Report on sanitation, dispensaries, and jails in Rajputana for 1909, and on vaccination for the year 1909-1910 - 1909-1910
Year: 1909
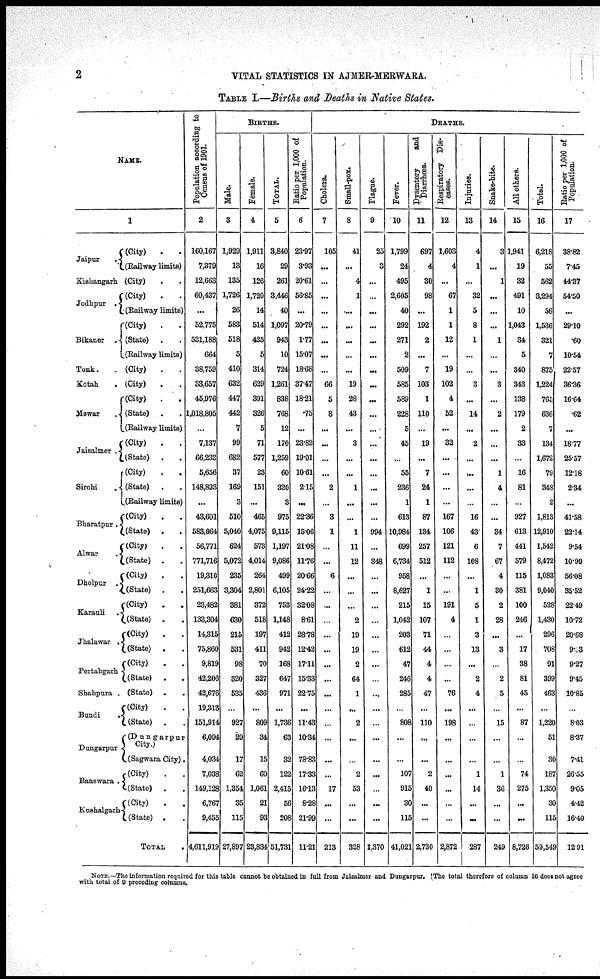
2
VITAL STATISTICS IN AJMER-MERWARA.
TABLE I.—Births and Deaths in Native States.
NAME.
1
Jaipur
.
Kishangarh
Jodhpur
.
Bikaner
.
Tonk. .
Kotah .
Mewar
.
Jaisalmer .
Sirohi .
Bharatpur .
Alwar .
Dholpur
.
Karauli .
Jhalawar .
Pertabgarh
Shahpura .
Bundi
.
Dungarpur
Banawara .
Kushalgarh
(City) . .
(Railway limits)
(City)
.
.
(City)
.
.
(Railway limits)
(City)
.
.
(State) . .
(Railway limits)
(City)
.
.
(City) . .
(City)
.
.
(State) . .
(Railway limits)
(City)
.
.
(State) . .
(City)
.
.
(State)
.
.
(Railway limits)
(City)
.
.
(State) . .
(City)
. .
(State) . .
(City)
.
.
(State) . .
(City) . .
(State) . .
(City)
. .
(State) . .
(City)
.
.
(State) . .
(State) . .
(City)
.
.
(State) . .
(Dungarpur
City.)
(Sagwara City).
(City)
. .
(State) . .
(City)
.
.
(State) . .
TOTAL .
Population according to
Census of 1901.
2
160,167
7,379
12,663
60,437
...
52,775
531,188
664
38,759
33,657
45,976
1,018,805
...
7,137
66,233
5,656
148,893
...
43,601
583,064
56,771
771,716
19,310
251,663
23,482
133,304
14,315
75,860
9,819
42,206
42,676
19,313
151,914
6,094
4,034
7,038
149,128
6,767
9,455
4,611,919
BIRTHS.
Male.
3
1,929
13
135
1,726
26
583
518
5
410
632
447
442
7
99
682
37
169
3
510
5,040
624
5,072
235
3,304
381
630
215
531
98
320
535
...
927
29
17
62
1,354
35
115
27,897
Female.
4
1,911
16
126
1,720
14
514
425
5
314
629
391
326
5
71
577
23
151
...
465
4,075
573
4,014
264
2,801
372
518
197
411
70
327
436
...
809
34
15
60
1,061
21
93
23,834
Total.
5
3,840
29
261
3,446
40
1,097
943
10
724
1,261
838
768
12
170
1,259
60
320
3
975
9,115
1,197
9,086
499
6,105
753
1,148
412
942
168
647
971
...
1,736
63
32
122
2,415
56
208
51,731
Ratio per 1,000 of
Population.
6
23.97
3.93
20.61
56.85
...
20.79
1.77
15.07
18.68
37.47
18.21
.75
...
23.82
19.01
10.61
2.15
...
22.36
15.06
21.08
11.76
20.66
24.22
32.08
8.61
28.78
12.42
17.11
15.33
22.75
...
11.43
10.34
78.83
17.33
16.13
8.28
21.99
11.21
DEATHS.
Cholera.
7
105
...
...
...
...
...
...
...
...
66
5
8
...
...
...
...
2
...
3
1
...
...
6
...
...
...
...
...
...
...
...
...
...
...
...
...
17
...
...
213
Small-pox.
8
41
...
4
1
...
...
...
...
...
19
28
43
...
3
...
...
1
...
...
1
11
12
...
...
...
2
19
19
2
64
1
...
2
...
...
2
53
...
...
328
Plague.
9
25
3
...
...
...
...
...
...
...
...
...
...
...
...
...
...
...
...
...
994
...
348
...
...
...
...
...
...
...
...
...
...
...
...
...
...
...
...
...
1,370
Fever.
10
1,799
24
495
2,605
40
292
271
2
509
585
589
228
5
45
...
55
236
1
613
10,984
699
6,734
958
8,627
215
1,042
203
612
47
246
285
...
808
...
...
107
915
30
115
41,021
Dysentery
and
Diarrhœa.
11
697
4
30
98
...
192
2
...
7
103
1
110
...
19
...
7
24
1
87
134
257
512
...
1
15
107
71
44
4
4
47
...
110
...
...
2
40
...
...
2,730
Respiratory Dis-
-ases.
12
1,603
4
...
67
1
1
12
...
19
102
4
52
...
32
...
...
...
...
167
106
121
112
...
...
191
4
...
...
...
...
76
...
198
...
...
...
...
...
...
2,872
Injuries.
13
4
1
...
32
5
8
1
...
...
3
...
14
...
2
...
...
...
...
16
43
6
108
...
1
5
1
3
13
...
2
4
...
...
...
1
14
...
...
287
Snake-bite.
14
3
...
1
...
...
...
1
...
...
3
...
2
...
...
...
1
4
...
...
34
7
67
4
30
2
28
...
3
...
2
5
...
15
...
...
1
36
...
...
249
All others.
15
1,941
19
32
491
10
1,043
34
5
340
343
138
179
2
33
...
16
81
...
927
613
441
579
115
381
100
246
...
17
38
81
45
...
87
...
...
74
275
...
...
8,726
Total.
16
6,218
55
562
3,294
56
1,536
321
7
875
1,224
765
636
7
134
1,672
79
348
2
1,813
12,910
1,542
8,472
1,083
9,040
528
1,430
296
708
91
399
463
...
1,220
51
30
187
1,350
30
115
59,549
Ratio per 1,000 of
Population.
17
38.82
7.45
44.37
54.50
...
29.10
.60
10.54
22.57
36.36
16.64
.62
...
18.77
25.57
12.18
2.34
...
41.58
22.14
9.54
10.99
56.08
35.52
22.49
10.72
20.68
9.33
9.27
9.45
10.85
...
803
8.37
7.41
26.55
9.05
4.42
16.40
12.91
NOTE.—The information required for this table cannot be obtained in full from Jaisalmer and Dungarpur. The total therefore of column 16 does not agree
with total of 9 preceding columns.